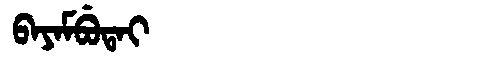
Manchu: ᠪᠠᠶᠠᠮᠪᡠᡨᠠᡳ
Romanization: BAYAMBUTAI